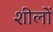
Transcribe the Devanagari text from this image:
शीलों